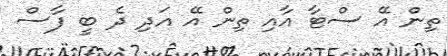
ތިން އޭ ސްޓާ އާއި ތިން އޭ އަދި ދެ ބީ ފާސް